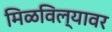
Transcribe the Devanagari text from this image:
मिळविल्यावर